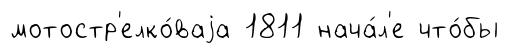
мотостр'елко́ваjа 1811 нача́л'е что́бы